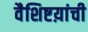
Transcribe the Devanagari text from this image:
वैशिष्टय़ांची